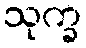
သုက္ခ